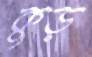
কুড়